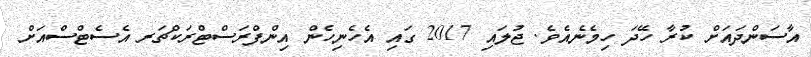
އާސަންދައަށް ކުރާ ހޭދަ ހިމެނެއެވެ. ޖުލައި 2017 ގައި އެހެނިހެން އިންފްރަސްޓްރަކްޗަރ އެސެޓްސްއަށް